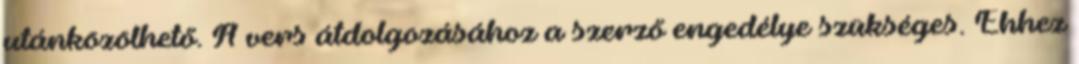
utánközölhető. A vers átdolgozásához a szerző engedélye szükséges. Ehhez